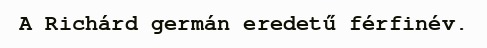
A Richárd germán eredetű férfinév.